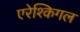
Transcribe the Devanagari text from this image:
एरेश्किगल